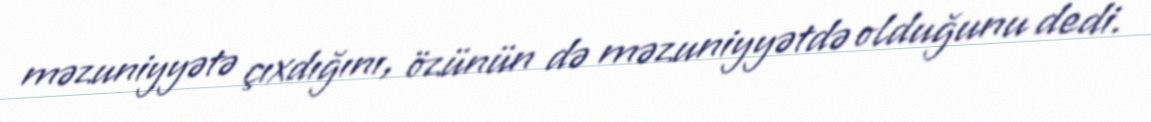
məzuniyyətə çıxdığını, özünün də məzuniyyətdə olduğunu dedi.